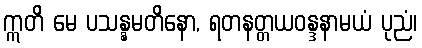
ဣတိ မေ ပသန္နမတိနော, ရတနတ္တယဝန္ဒနာမယံ ပုညံ၊